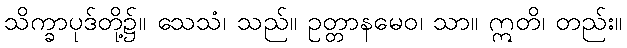
သိက္ခာပုဒ်တို့၌။ သေသံ၊ သည်။ ဥတ္တာနမေဝ၊ သာ။ ဣတိ၊ တည်း။